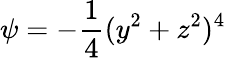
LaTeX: \psi=-\frac{1}{4}(y^{2}+z^{2})^{4}